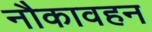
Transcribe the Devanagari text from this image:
नौकावहन